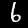
Label: 6